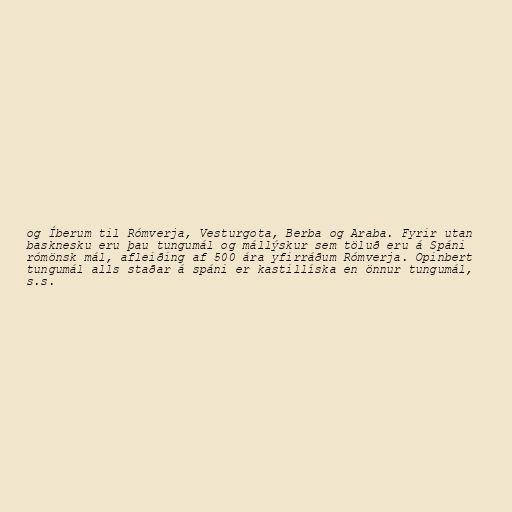
og Íberum til Rómverja, Vesturgota, Berba og Araba. Fyrir utan
basknesku eru þau tungumál og mállýskur sem töluð eru á Spáni
rómönsk mál, afleiðing af 500 ára yfirráðum Rómverja. Opinbert
tungumál alls staðar á spáni er kastillíska en önnur tungumál,
s.s.